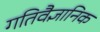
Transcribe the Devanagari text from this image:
गतिवैज्ञानिक